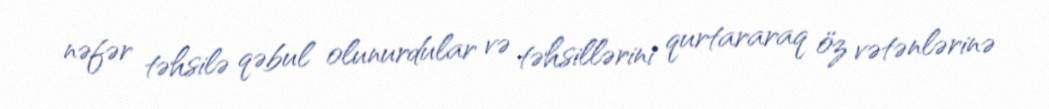
nəfər təhsilə qəbul olunurdular və təhsillərini qurtararaq öz vətənlərinə